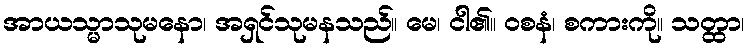
အာယသ္မာသုမနော၊ အရှင်သုမနသည်။ မေ၊ ငါ၏။ ဝစနံ၊ စကားကို။ သတ္ထာ၊